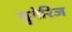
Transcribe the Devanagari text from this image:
मुगेरिज